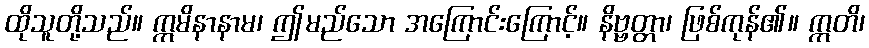
ထိုသူတို့သည်။ ဣမိနာနာမ၊ ဤမည်သော အကြောင်းကြောင့်။ နိဗ္ဗတ္တာ၊ ဖြစ်ကုန်၏။ ဣတိ၊